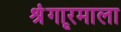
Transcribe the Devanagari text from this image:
श्रृंगारमाला